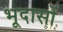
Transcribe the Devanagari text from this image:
भूदासों